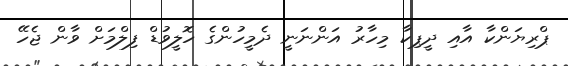
ޕްރިޔަންކާ އާއި ދީޕިކާ މިހާރު އަންނަނީ ދެމީހުންގެ ހޮލީވުޑް ފިލްމަށް ވާން ޖެހޭ